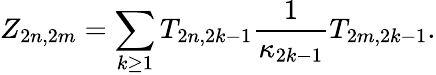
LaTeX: Z_{2n,2m}=\sum_{k\geq 1}T_{2n,2k-1}\frac{1}{\kappa_{2k-1}}T_{2m,2k-1}.